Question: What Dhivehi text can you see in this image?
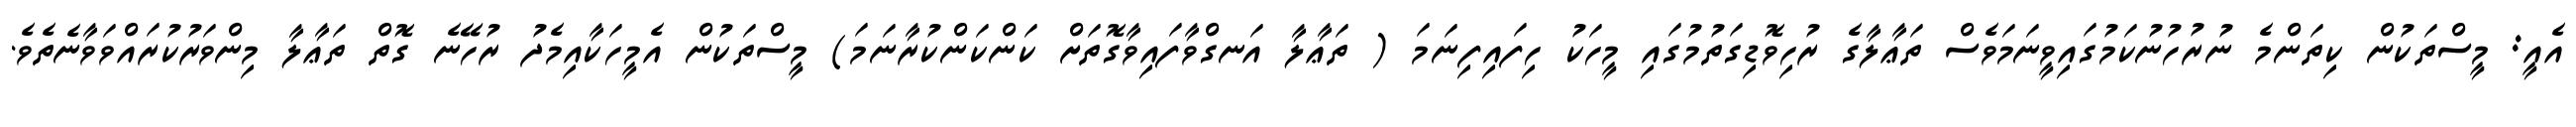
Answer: އެއީ: މީސްތަކުން ކިތަންމެ ނުރުހުނުކަމުގައިވީނަމަވެސް ތަޢާލާގެ ރުހިވޮޑިގަތުމުގައި މީހަކު ހިފައިފިނަމަ ( ތަޢާލާ އަނގްވާފައިވާގޮތަށް ކަންކަންކުރާނަމަ) މީސްތަކުން އެމީހަކާއިމެދު ރުހޭނެ ގޮތް ތަޢާލާ މިންވަރުކުރައްވަވާނެތެވެ.